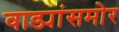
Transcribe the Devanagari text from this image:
वाड्यांसमोर